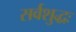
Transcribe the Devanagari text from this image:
सर्वशुद्धः